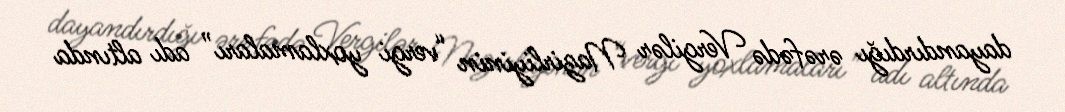
dayandırdığı ərəfədə Vergilər Nazirliyinin “vergi yoxlamaları” adı altında